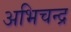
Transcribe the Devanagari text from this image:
अभिचन्द्र